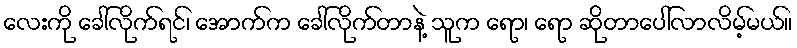
လေးကို ခေါ်လိုက်ရင်၊ အောက်က ခေါ်လိုက်တာနဲ့ သူက ရော၊ ရော ဆိုတာပေါ်လာလိမ့်မယ်။